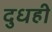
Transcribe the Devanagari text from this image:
दुधही